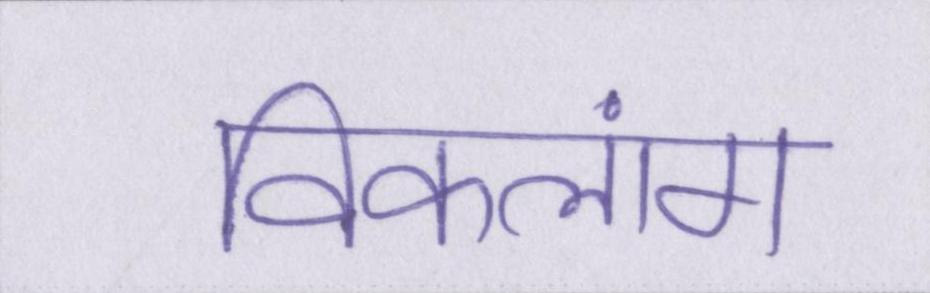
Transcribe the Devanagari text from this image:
विकलांग